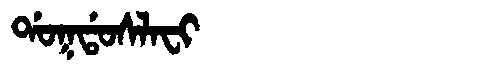
Manchu: ᡩᠣᡴᡩᠣᠰᠯᠠᠸᡳ
Romanization: DOKDOSLAFI